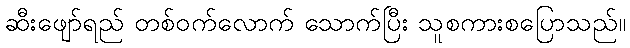
ဆီးဖျော်ရည် တစ်ဝက်လောက် သောက်ပြီး သူစကားစပြောသည်။